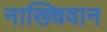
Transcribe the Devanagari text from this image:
नाख्चिवान